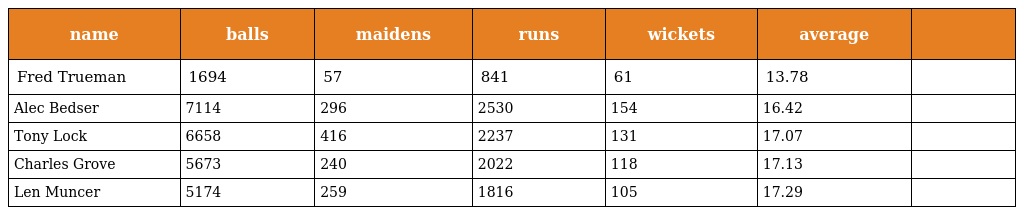
| name | balls | maidens | runs | wickets | average |  |
 | --- | --- | --- | --- | --- | --- | --- |
 | Fred Trueman | 1694 | 57 | 841 | 61 | 13.78 |  |
 | Alec Bedser | 7114 | 296 | 2530 | 154 | 16.42 |  |
 | Tony Lock | 6658 | 416 | 2237 | 131 | 17.07 |  |
 | Charles Grove | 5673 | 240 | 2022 | 118 | 17.13 |  |
 | Len Muncer | 5174 | 259 | 1816 | 105 | 17.29 |  |